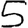
Digit: 5